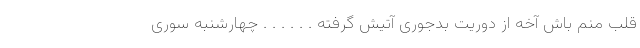
قلب منم باش آخه از دوریت بدجوری آتیش گرفته . . . . . . چهارشنبه سوری